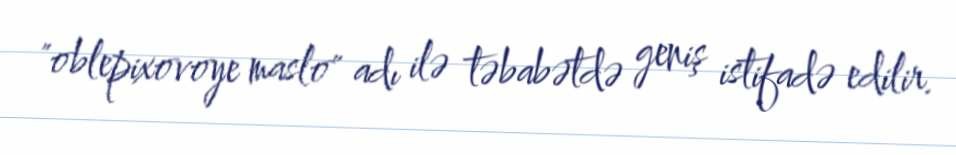
"oblepixovoye maslo" adı ilə təbabətdə geniş istifadə edilir.